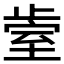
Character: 𰙱